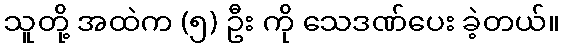
သူတို့ အထဲက (၅) ဦး ကို သေဒဏ်ပေး ခဲ့တယ်။